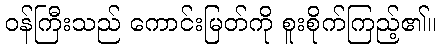
ဝန်ကြီးသည် ကောင်းမြတ်ကို စူးစိုက်ကြည့်၏။